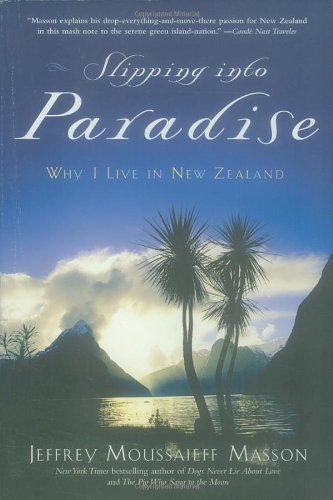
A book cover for Slipping into Paradise: Why I Live in New Zealand; Jeffrey Moussaieff Masson; Biographies & Memoirs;